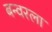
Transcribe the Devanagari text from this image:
बन्वरला